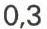
0,3